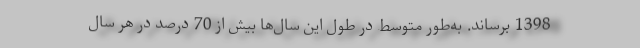
1398 برساند. به‌طور متوسط در طول این سال‌ها بیش از 70 درصد در هر سال